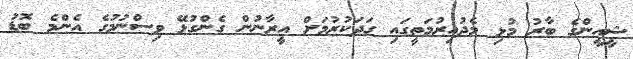
ޝީއީންގެ ބާރު މުޅި މެދުއިރުމަތީގައި ގަދަކުރުމަށް އީރާނުން ގެންގުޅޭ ވިސްނުމުގެ އެންމެ ބޮޑު